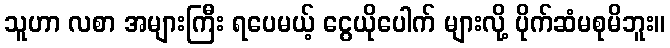
သူဟာ လစာ အများကြီး ရပေမယ့် ငွေယိုပေါက် များလို့ ပိုက်ဆံမစုမိဘူး။